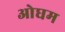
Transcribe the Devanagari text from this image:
ओघम